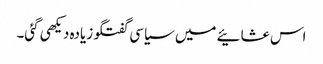
اس عشائیے میں سیاسی گفتگو زیادہ دیکھی گئی۔